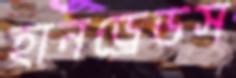
হানড্রেডস